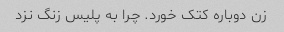
زن دوباره کتک خورد. چرا به پلیس زنگ نزد